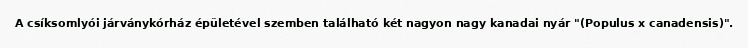
A csíksomlyói járványkórház épületével szemben található két nagyon nagy kanadai nyár "(Populus x canadensis)".